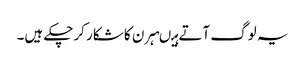
یہ لوگ آتے ہیںہرن کا شکار کرچکے ہیں۔